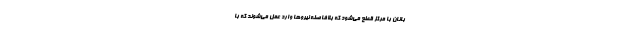
‌بانان با مرکز قطع می‌شود که بلافاصله نیروها وارد عمل می‌شوند که با